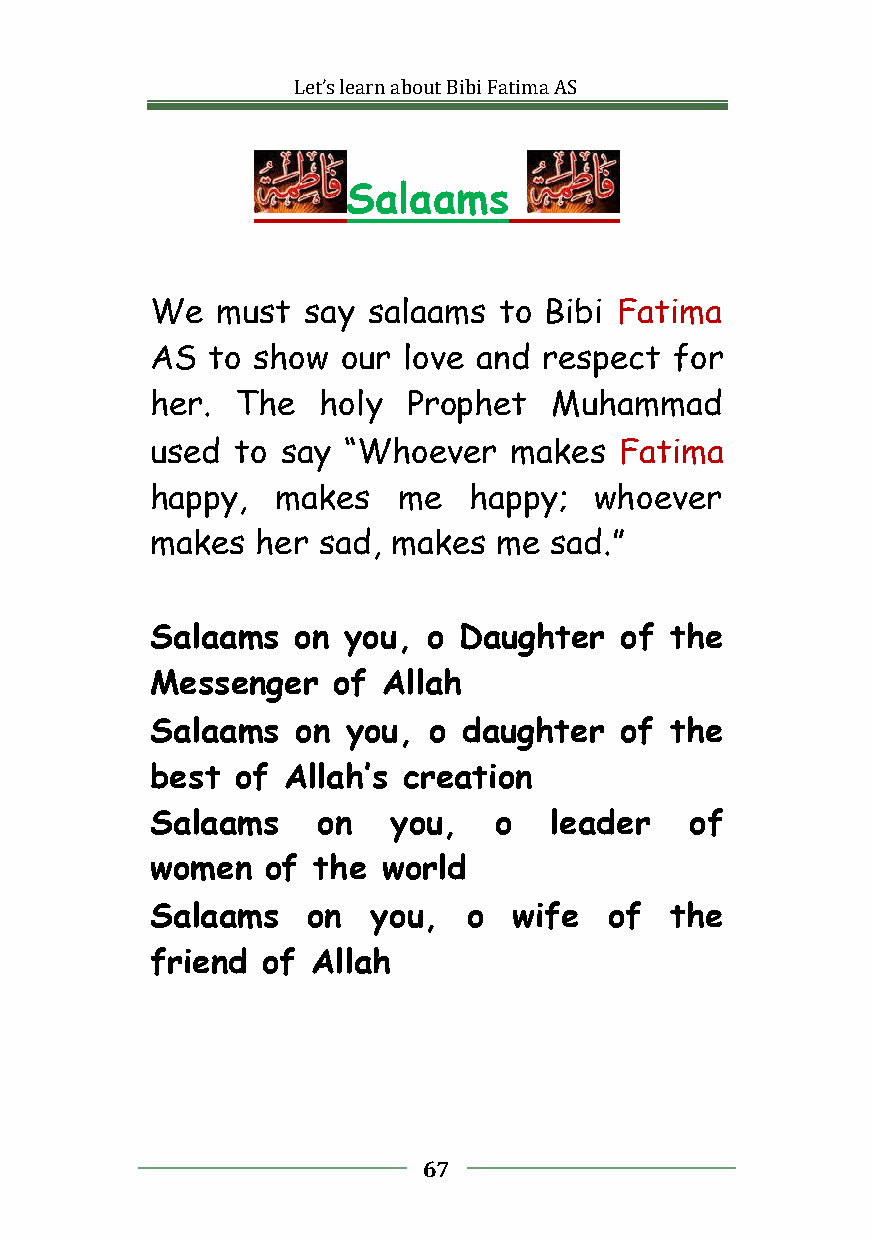
Let’slearnaboutBibiFatimaAS
 Salaams
 We  must  say salaams  to Bibi Fatima
 AS  to show  our love and respect  for
 her.  The  holy  Prophet  Muhammad
 used  to say “Whoever   makes  Fatima
 happy,  makes   me   happy;  whoever
 makes  her sad, makes  me sad.”
 Salaams  on  you, o Daughter   of the
 Messenger   of Allah
 Salaams   on you, o  daughter  of the
 best  of Allah’s creation
 Salaams    on   you,   o  leader    of
 women   of the world
 Salaams   on   you,  o  wife  of  the
 friend of  Allah
 67